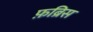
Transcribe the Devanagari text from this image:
फ़ब्रिस